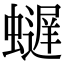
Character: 𫋢